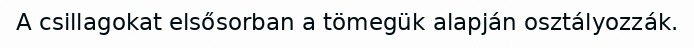
A csillagokat elsősorban a tömegük alapján osztályozzák.